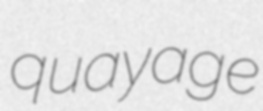
quayage